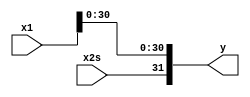
`timescale 1ns / 100ps
`default_nettype none

module fsgnj_s (x1, x2s, y);
    input wire [31:0] x1;
    input wire x2s;
    output [31:0] y;

    wire [31:0] y;

    assign y = {x2s, x1[30:0]};    
endmodule